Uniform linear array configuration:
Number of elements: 64
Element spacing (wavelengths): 0.25
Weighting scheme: hamming
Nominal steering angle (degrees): -30
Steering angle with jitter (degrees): -30.185
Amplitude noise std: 0.05
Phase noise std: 0.05

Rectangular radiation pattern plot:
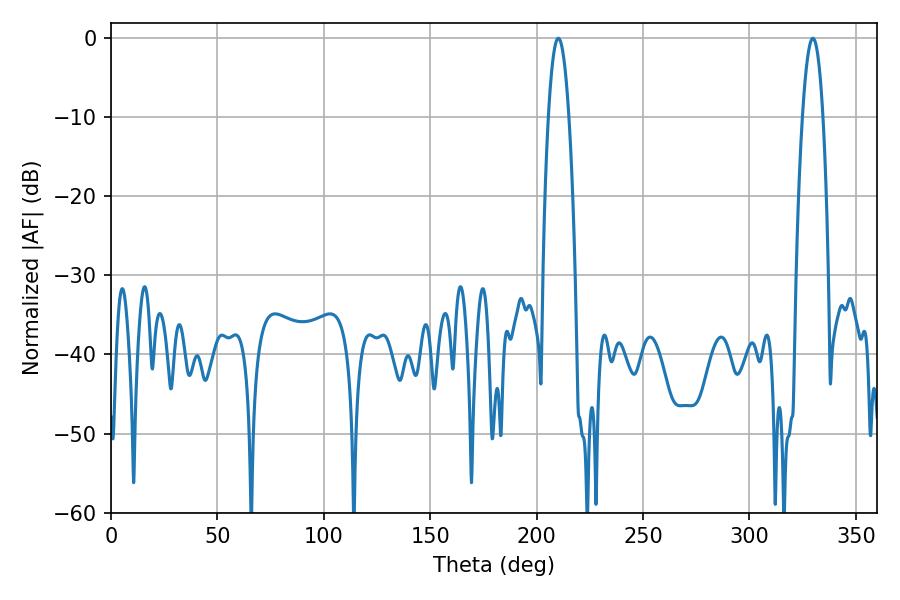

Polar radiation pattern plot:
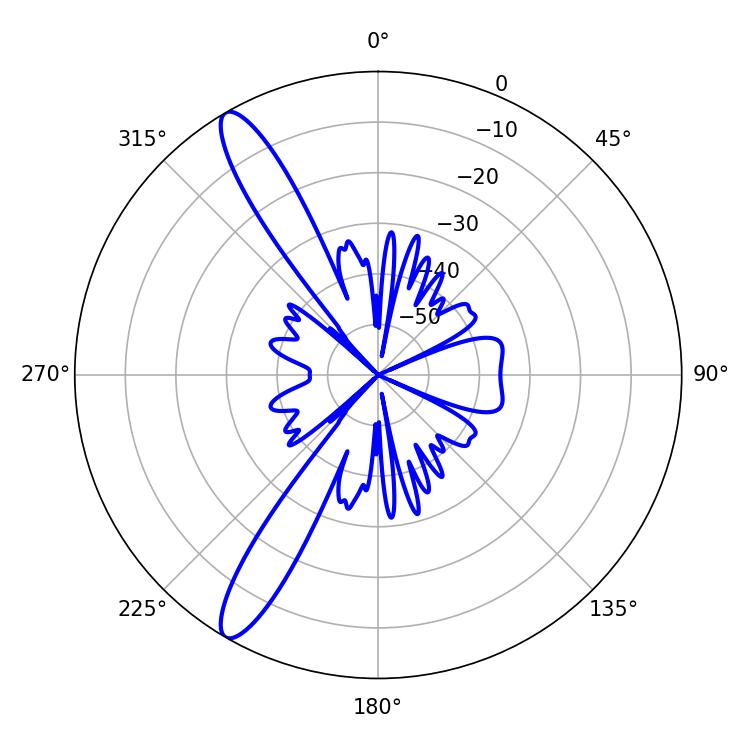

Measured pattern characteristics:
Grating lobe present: FALSE
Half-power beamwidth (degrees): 5.4
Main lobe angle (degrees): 210.24